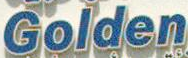
Golden